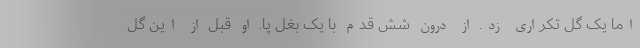
اما یک گل تکراری زد. از درون شش قدم با یک بغل پا. او قبل از این گل